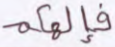
فإلهكم